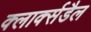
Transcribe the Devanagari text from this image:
क्लार्क्सडैल